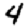
Digit: 4